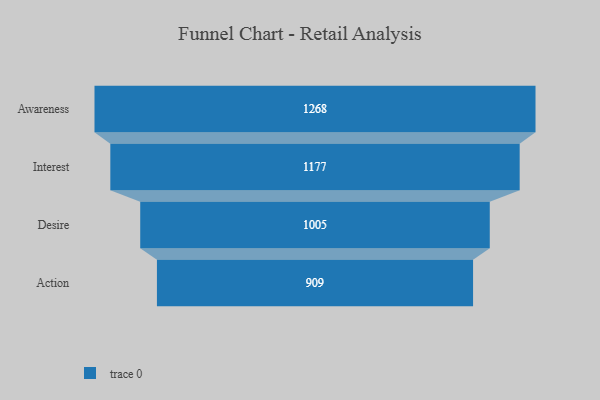
{"axis": {"x": "Stage", "y": "Value"}, "legend": [""], "data": [{"x": "Awareness", "y": 1268.0, "type": ""}, {"x": "Interest", "y": 1177.0, "type": ""}, {"x": "Desire", "y": 1005.0, "type": ""}, {"x": "Action", "y": 909.0, "type": ""}]}